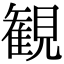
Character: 観